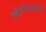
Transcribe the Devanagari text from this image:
व्हेनिसचेच